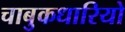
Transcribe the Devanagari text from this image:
चाबुकधारियो